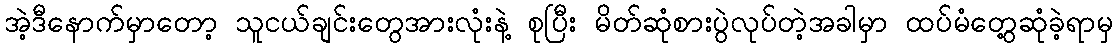
အဲ့ဒီနောက်မှာတော့ သူငယ်ချင်းတွေအားလုံးနဲ့ စုပြီး မိတ်ဆုံစားပွဲလုပ်တဲ့အခါမှာ ထပ်မံတွေ့ဆုံခဲ့ရာမှ